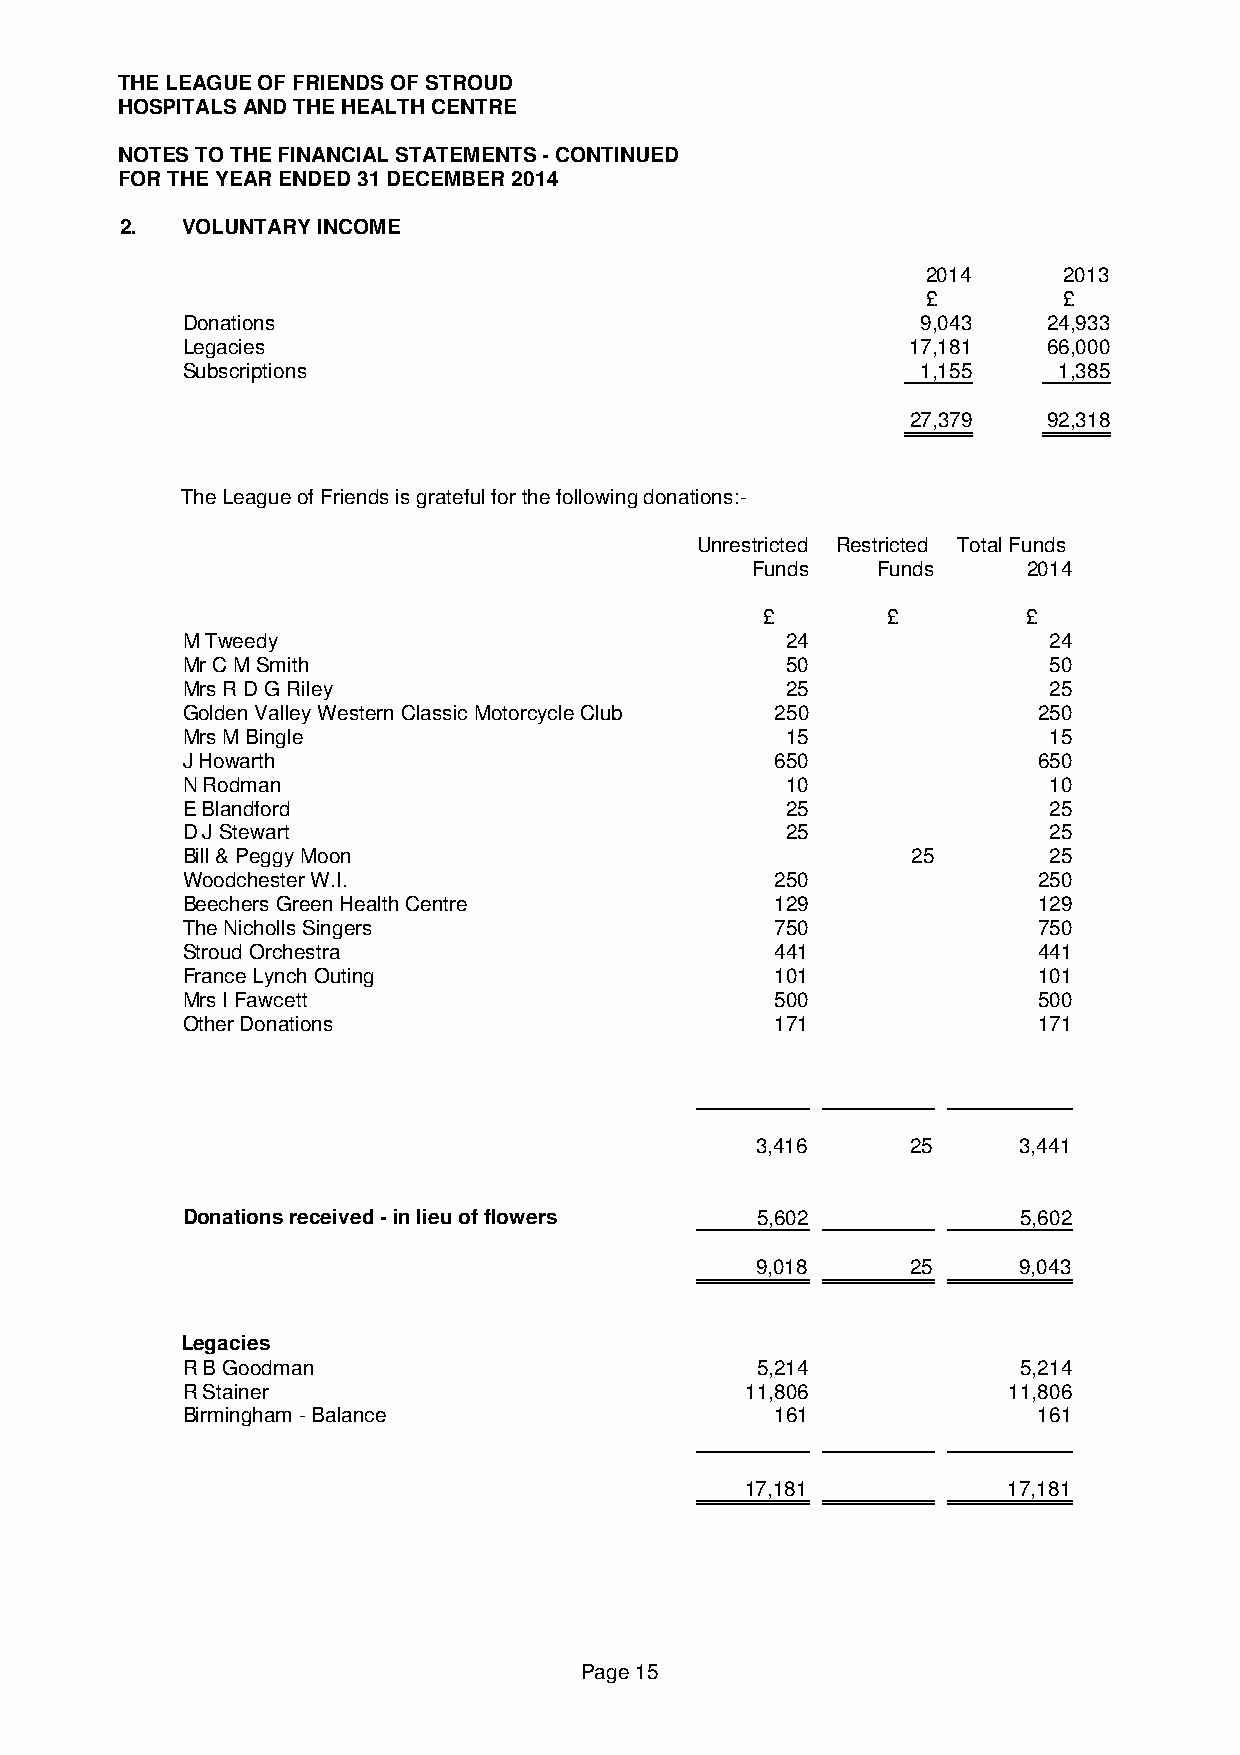
THE LEAGUE OF FRIENDS OF STROUD
 HOSPITALS AND THE HEALTH CENTRE
 NOTES TO THE FINANCIAL STATEMENTS - CONTINUED
 FOR THE YEAR ENDED 31 DECEMBER 2014
 2.  VOLUNTARY INCOME
 2014     2013
 £        £
 Donations                                        9,043   24,933
 Legacies                                        17,181   66,000
 Subscriptions                                    1,155    1,385
 27,379   92,318
 The League of Friends is grateful for the following donations:-
 Unrestricted Restricted Total Funds
 Funds   Funds     2014
 £        £        £
 M Tweedy                                24                24
 Mr C M Smith                            50                50
 Mrs R D G Riley                         25                25
 Golden Valley Western Classic Motorcycle Club 250        250
 Mrs M Bingle                            15                15
 J Howarth                              650               650
 N Rodman                                10                10
 E Blandford                             25                25
 D J Stewart                             25                25
 Bill & Peggy Moon                               25        25
 Woodchester W.I.                       250               250
 Beechers Green Health Centre           129               129
 The Nicholls Singers                   750               750
 Stroud Orchestra                       441               441
 France Lynch Outing                    101               101
 Mrs I Fawcett                          500               500
 Other Donations                        171               171
 3,416     25     3,441
 Donations received - in lieu of flowers 5,602           5,602
 9,018     25     9,043
 Legacies
 R B Goodman                           5,214             5,214
 R Stainer                            11,806            11,806
 Birmingham - Balance                   161               161
 17,181            17,181
 Page 15